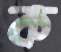
ক